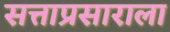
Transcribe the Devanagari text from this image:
सत्ताप्रसाराला